Vaccination in Bombay 1889-1901 - 1889-1901
Year: 1889
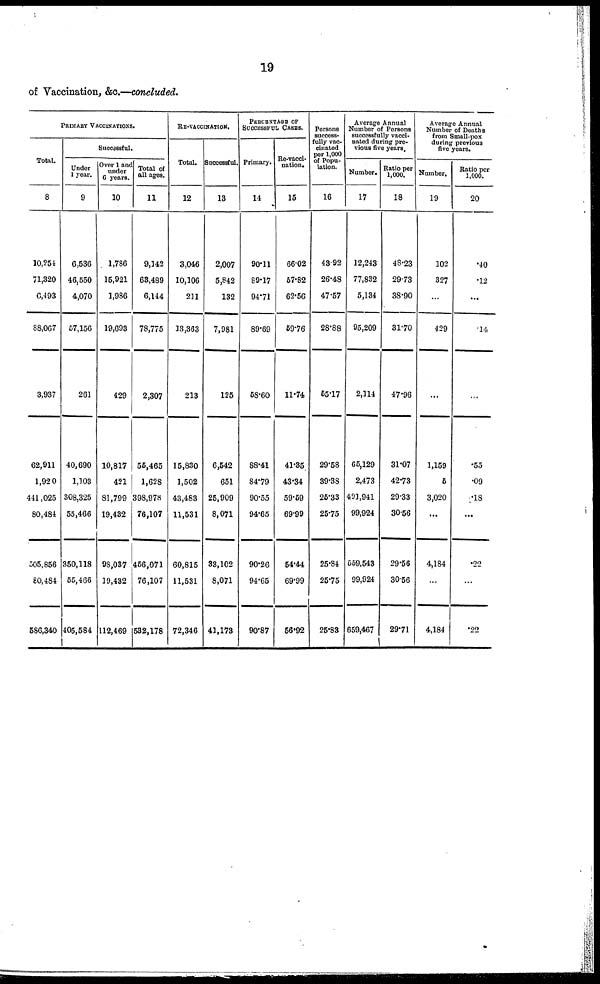
19
of Vaccination, &c.—concluded.
PRIMARY VACCINATIONS.
Total.
8
10,254
71,320
6,493
88,067
3,937
62,911
1,920
441,025
80,484
505,856
80,484
586,340
Successful.
Under
1 year.
9
6,536
46,550
4,070
57,156
261
40,690
1,103
308,325
55,466
350,118
55,466
405,584
Over 1 and
under
6 years.
10
1,786
15,921
1,986
19,693
429
10,817
421
81,799
19,432
98,037
19,432
112,469
Total of
all ages.
11
9,142
63,489
6,144
78,775
2,307
55,465
1,628
398,978
76,107
456,071
76,107
532,178
RE-VACCINATION.
Total.
12
3,046
10,106
211
13,363
213
15,830
1,502
43,483
11,531
60,815
11,531
72,346
Successful.
13
2,007
5,842
132
7,981
125
6,542
651
25,909
8,071
33,102
8,071
41,173
PERCENTAGE OF
SUCCESSFUL CASES.
Primary.
14
90.11
89.17
94.71
89.69
58.60
88.41
84.79
90.55
94.65
90.26
94.65
90.87
Re-vacci-
nation.
15
66.02
57.82
62.56
59.76
11.74
41.35
43.34
59.59
69.99
54.44
69.99
56.92
Persons
success-
fully vac-
cinated
per 1,000
of Popu-
lation.
16
43.92
26.48
47.57
28.88
55.17
29.58
39.38
25.33
25.75
25.84
25.75
25.83
Average Annual
Number of Persons
successfully vacci-
nated during pre-
vious five years.
Number.
17
12,243
77,832
5,134
95,209
2,114
65,129
2,473
491,941
99,924
559,543
99,924
659,467
Ratio per
1,000.
18
48.23
29.73
38.90
31.70
47.96
31.07
42.73
29.33
30.56
29.56
30.56
29.71
Average Annual
Number of Deaths
from Small-pox
during previous
five years.
Number.
19
102
327
...
429
...
1,159
5
3,020
...
4,184
...
4,184
Ratio per
1,000.
20
.40
.12
...
.14
...
.55
.09
.18
...
.22
...
.22